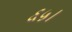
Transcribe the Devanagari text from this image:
६५।